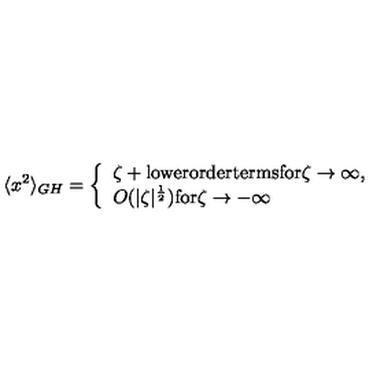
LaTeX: \langle x ^ { 2 } \rangle _ { G H } = \left\{ \begin{array} { l } { \zeta + \mathrm { l o w e r o r d e r t e r m s f o r } \zeta \to \infty , } \\ { O ( | \zeta | ^ { \frac 1 2 } ) \mathrm { f o r } \zeta \to - \infty } \\ \end{array} \right.